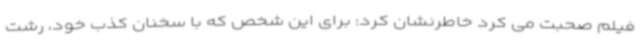
فیلم صحبت می کرد خاطرنشان کرد: برای این شخص که با سخنان کذب خود، رشت